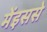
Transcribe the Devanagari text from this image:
मेंइससे